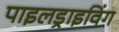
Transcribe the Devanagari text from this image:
पाइलड्राइविंग